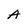
Character: A